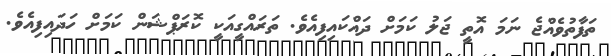
ތަފާތުވެއްޖެ ނަމަ އޮތީ ޖަލު ކަމަށް ދައްކައިފިއެވެ. ތަރައްގީއަކީ ކޮރަޕްޝަން ކަމަށް ހަދައިފިއެވެ.